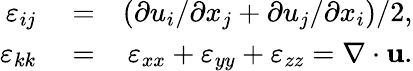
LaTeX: \begin{array}{rlr}{\varepsilon_{ij}}&{{}=}&{(\partial u_{i}/\partial x_{j}+\partial u_{j}/\partial x_{i})/2,}\\ {\varepsilon_{kk}}&{{}=}&{\varepsilon_{xx}+\varepsilon_{yy}+\varepsilon_{zz}=\nabla\cdot\mathbf{u}.}\end{array}